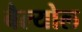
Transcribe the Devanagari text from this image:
बैल्योल